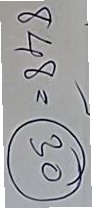
848 = (30)